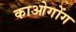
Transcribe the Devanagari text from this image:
काओगोंग